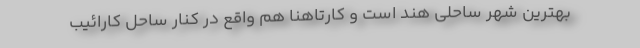
بهترین شهر ساحلی هند است و کارتاهنا هم واقع در کنار ساحل کارائیب